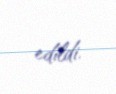
edildi.